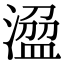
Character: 𣻭